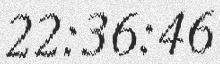
22:36:46